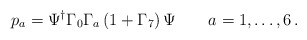
\begin{align*}p_a = \Psi^\dagger \Gamma_0 \Gamma_a \left(1 + \Gamma_7\right) \Psi \qquad a=1,\dots,6\,.\end{align*}